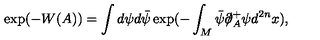
\exp ( - W ( A ) ) = \int d \psi d \bar { \psi } \exp ( - \int _ { M } \bar { \psi } \partial \! \! \! / _ { A } ^ { + } \psi d ^ { 2 n } x ) ,